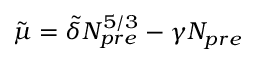
\tilde { \mu } = \tilde { \delta } N _ { p r e } ^ { 5 / 3 } - \gamma N _ { p r e }